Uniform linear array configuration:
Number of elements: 8
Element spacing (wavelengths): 0.25
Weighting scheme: hann
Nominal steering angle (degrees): -45
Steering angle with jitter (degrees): -45.265
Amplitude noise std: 0.05
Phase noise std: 0.05

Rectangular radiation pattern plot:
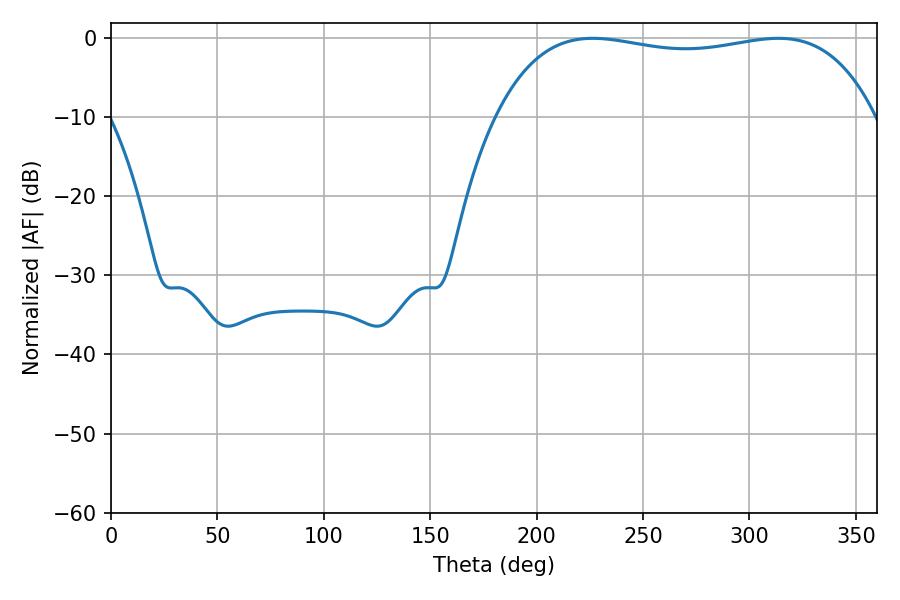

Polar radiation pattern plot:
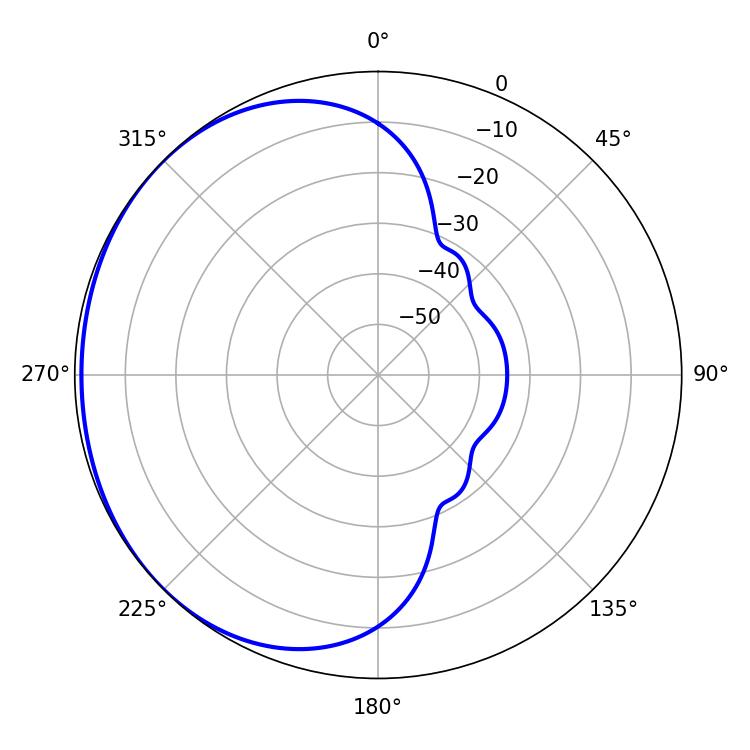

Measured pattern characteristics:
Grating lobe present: FALSE
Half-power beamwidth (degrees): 143.28
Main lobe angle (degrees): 226.44